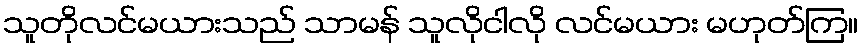
သူတိုလင်မယားသည် သာမန် သူလိုငါလို လင်မယား မဟုတ်ကြ။